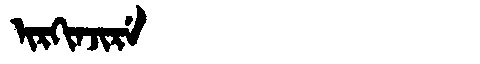
Manchu: ᡳᡵᡴᡳᠨᠵᡳᡵᡝ
Romanization: IRKINJIRE